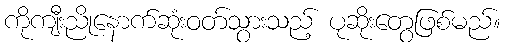
ကိုကျီးညိုနောက်ဆုံးဝတ်သွားသည့် ပုဆိုးတွေဖြစ်မည်။